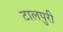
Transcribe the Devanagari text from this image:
टालपुरी